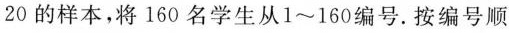
20的样本，将160名学生从1~160编号。按编号顺